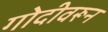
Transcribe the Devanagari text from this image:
गोदीवरून